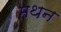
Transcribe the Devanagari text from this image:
मथन